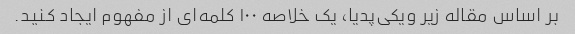
بر اساس مقاله زیر ویکی‌پدیا، یک خلاصه ۱۰۰ کلمه‌ای از مفهوم ایجاد کنید.